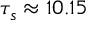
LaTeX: \tau _ { s } \approx 1 0 . 1 5